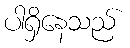
ပါရှိနေသည်